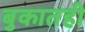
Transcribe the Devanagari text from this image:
बुकातही